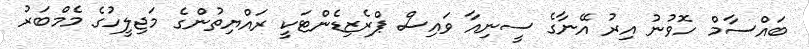
ބައްސާމް ހޮވުނު އިރު އޭނާގެ ސީނިއާ ވައިސް ޕްރެޒިޑެންޓަކީ ރައްޔިތުންގެ މަޖިލީހުގެ މެމްބަރު